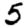
Digit: 5